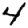
Digit: 4